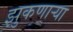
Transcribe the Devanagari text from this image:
झुकणाऱ्या